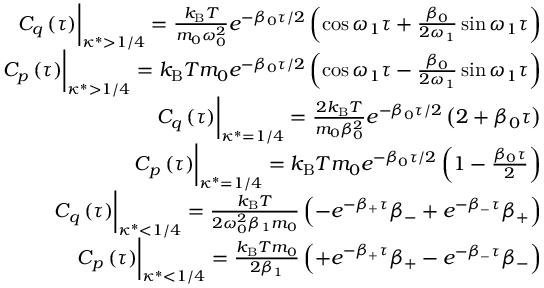
\begin{array} { r } { C _ { q } \left( \tau \right) \biggr \rvert _ { \kappa ^ { * } > 1 / 4 } = \frac { k _ { \mathrm { B } } T } { m _ { 0 } \omega _ { 0 } ^ { 2 } } e ^ { - \beta _ { 0 } \tau / 2 } \left( \cos \omega _ { 1 } \tau + \frac { \beta _ { 0 } } { 2 \omega _ { 1 } } \sin \omega _ { 1 } \tau \right) } \\ { C _ { p } \left( \tau \right) \biggr \rvert _ { \kappa ^ { * } > 1 / 4 } = k _ { \mathrm { B } } T m _ { 0 } e ^ { - \beta _ { 0 } \tau / 2 } \left( \cos \omega _ { 1 } \tau - \frac { \beta _ { 0 } } { 2 \omega _ { 1 } } \sin \omega _ { 1 } \tau \right) } \\ { C _ { q } \left( \tau \right) \biggr \rvert _ { \kappa ^ { * } = 1 / 4 } = \frac { 2 k _ { \mathrm { B } } T } { m _ { 0 } \beta _ { 0 } ^ { 2 } } e ^ { - \beta _ { 0 } \tau / 2 } \left( 2 + \beta _ { 0 } \tau \right) } \\ { C _ { p } \left( \tau \right) \biggr \rvert _ { \kappa ^ { * } = 1 / 4 } = k _ { \mathrm { B } } T m _ { 0 } e ^ { - \beta _ { 0 } \tau / 2 } \left( 1 - \frac { \beta _ { 0 } \tau } { 2 } \right) } \\ { C _ { q } \left( \tau \right) \biggr \rvert _ { \kappa ^ { * } < 1 / 4 } = \frac { k _ { \mathrm { B } } T } { 2 \omega _ { 0 } ^ { 2 } \beta _ { 1 } m _ { 0 } } \left( - e ^ { - \beta _ { + } \tau } \beta _ { - } + e ^ { - \beta _ { - } \tau } \beta _ { + } \right) } \\ { C _ { p } \left( \tau \right) \biggr \rvert _ { \kappa ^ { * } < 1 / 4 } = \frac { k _ { \mathrm { B } } T m _ { 0 } } { 2 \beta _ { 1 } } \left( + e ^ { - \beta _ { + } \tau } \beta _ { + } - e ^ { - \beta _ { - } \tau } \beta _ { - } \right) } \end{array}